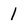
Character: 1